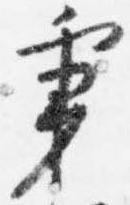
秉